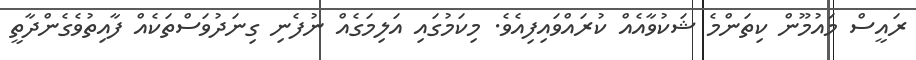
ރައީސް މައުމޫން ކިތަންމެ ޝަކުވާއެއް ކުރައްވައިފިއެވެ. މިކަމުގައި އަލިމަގެއް ނުފެނި ގިނަދުވަސްތަކެއް ފާއިތުވެގެންދާތީ